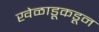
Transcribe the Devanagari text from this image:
खेळाडूकडून